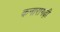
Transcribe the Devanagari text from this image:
कनारागढ़ी